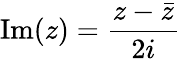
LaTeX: \mathrm{Im}(z)={\frac{z-{\bar{z}}}{2i}}